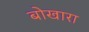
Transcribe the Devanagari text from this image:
बोखारा